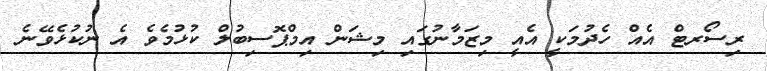
ރިސޯރޓް އެއް ހެދުމަކީ އެއީ މިޒަމާނުގައި މިޝަން އިމްޕޮސިބުލް ކުޅުމެވެ އެ ނުކުޅެވޭނެ